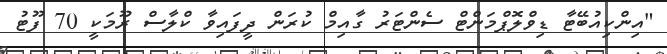
"އިންކިއުބޭޓާ ޑިވްލޮޕްމަންޓް ސެންޓަރު ގާއިމް ކުރަން ދީފައިވާ ކްލާސް ރޫމަކީ 70 ފޫޓު